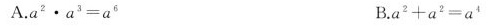
A.a^{2}\cdota^{3=a^{6}}B.a^{3}+a^{2}=a^{4}